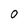
Character: 0